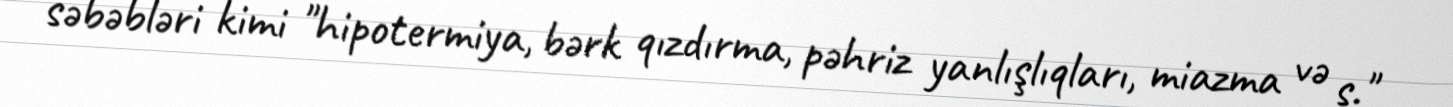
səbəbləri kimi "hipotermiya, bərk qızdırma, pəhriz yanlışlıqları, miazma və s."